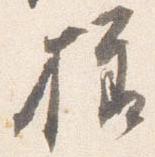
様